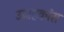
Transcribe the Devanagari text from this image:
उद्वाहकांस